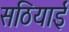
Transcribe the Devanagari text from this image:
सठियाई